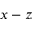
x - z